Annual report on the Civil Veterinary Department, Burma (including the Insein Veterinary School) - 1923-1931
Year: 1923
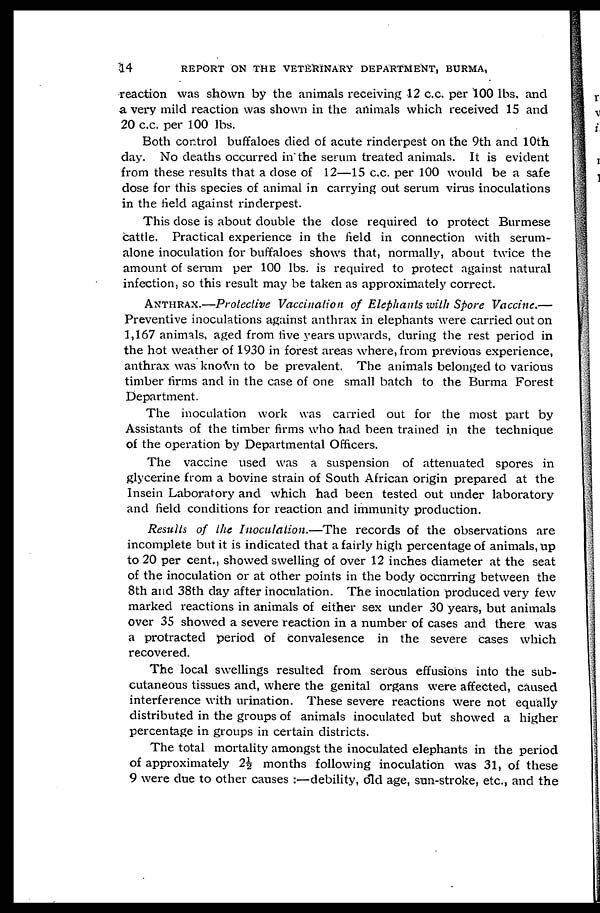
14
REPORT ON THE VETERINARY DEPARTMENT, BURMA,
reaction was shown by the animals receiving 12 c.c. per 100 lbs. and
a very mild reaction was shown in the animals which received 15 and
20 c.c. per 100 lbs.
Both control buffaloes died of acute rinderpest on the 9th and 10th
day. No deaths occurred in the serum treated animals. It is evident
from these results that a dose of 12—15 c.c. per 100 would be a safe
dose for this species of animal in carrying out serum virus inoculations
in the field against rinderpest.
This dose is about double the dose required to protect Burmese
cattle. Practical experience in the field in connection with serum-
alone inoculation for buffaloes shows that, normally, about twice the
amount of serum per 100 lbs. is required to protect against natural
infection, so this result may be taken as approximately correct.
ANTHRAX.—Protective Vaccination of Elephants with Spore Vaccine.—
Preventive inoculations against anthrax in elephants were carried out on
1,167 animals, aged from five years upwards, during the rest period in
the hot weather of 1930 in forest areas where, from previous experience,
anthrax was known to be prevalent. The animals belonged to various
timber firms and in the case of one small batch to the Burma Forest
Department.
The inoculation work was carried out for the most part by
Assistants of the timber firms who had been trained in the technique
of the operation by Departmental Officers.
The vaccine used was a suspension of attenuated spores in
glycerine from a bovine strain of South African origin prepared at the
Insein Laboratory and which had been tested out under laboratory
and field conditions for reaction and immunity production.
Results of the Inoculation.—The records of the observations are
incomplete but it is indicated that a fairly high percentage of animals, up
to 20 per cent., showed swelling of over 12 inches diameter at the seat
of the inoculation or at other points in the body occurring between the
8th and 38th day after inoculation. The inoculation produced very few
marked reactions in animals of either sex under 30 years, but animals
over 35 showed a severe reaction in a number of cases and there was
a protracted period of convalesence in the severe cases which
recovered.
The local swellings resulted from serous effusions into the sub-
cutaneous tissues and, where the genital organs were affected, caused
interference with urination. These severe reactions were not equally
distributed in the groups of animals inoculated but showed a higher
percentage in groups in certain districts.
The total mortality amongst the inoculated elephants in the period
of approximately 2½ months following inoculation was 31, of these
9 were due to other causes:—debility, old age, sun-stroke, etc., and the